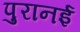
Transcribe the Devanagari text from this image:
पुरानई